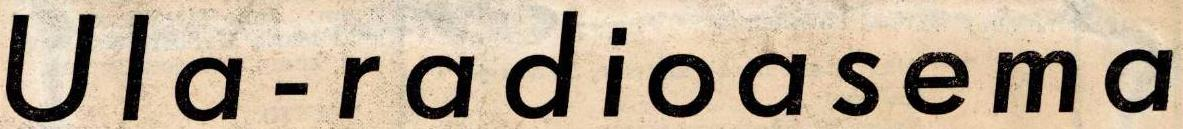
Ula-radioasema